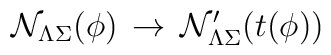
{\cal N}_{\Lambda\Sigma}(\phi)\, \rightarrow \,{\cal N}^{\prime}_{\Lambda\Sigma}(t(\phi))